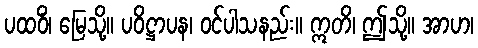
ပထဝိံ၊ မြေသို့။ ပဝိဋ္ဌာပန၊ ဝင်ပါသနည်း။ ဣတိ၊ ဤသို့။ အာဟ၊